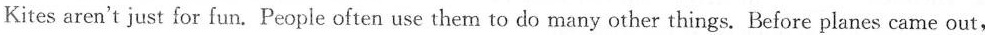
Kites aren't just for fun.People often use them to do many other things. Before planes came out,